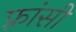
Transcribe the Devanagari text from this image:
फ़्रांसी